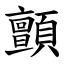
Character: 顫